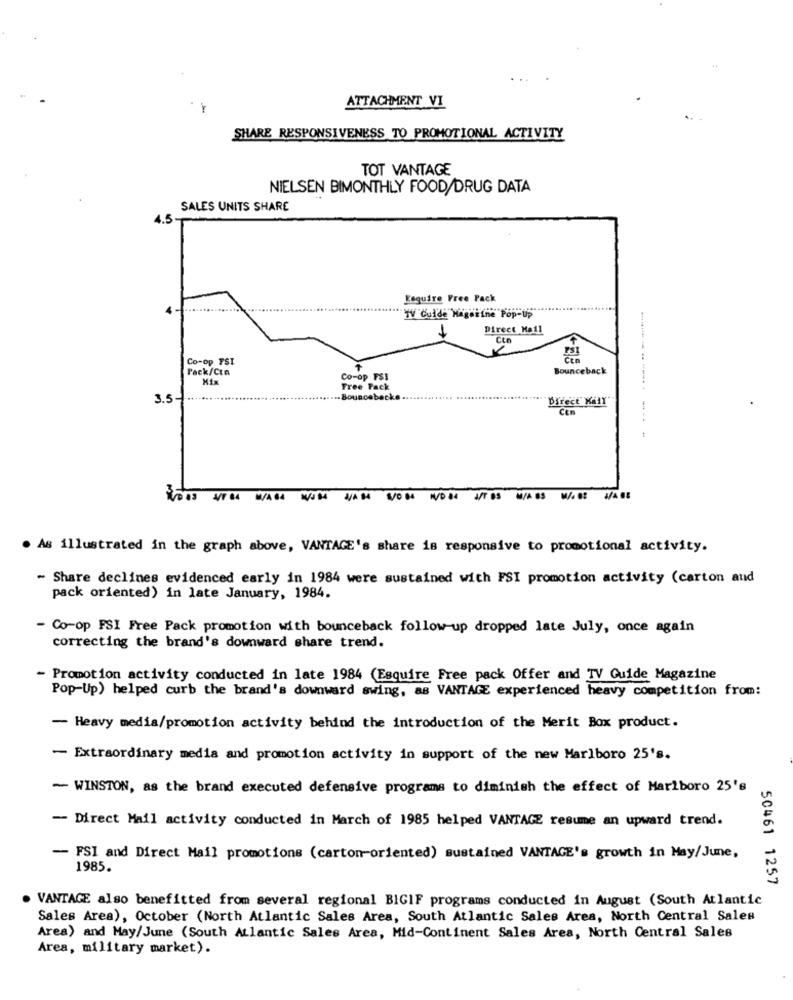
ATTACHMENT VI
SHARE RESPONSIVENESS TO PROMOTIONAL ACTIVITY
TOT VANTAGE
NIELSEN BIMONTHLY FOOD/DRUG DATA
SALES UNITS SHARE
1.5
Esquire Free Pack
TV Cuide Wagaitne Pop-Up"
1
Direct Mail
Co-op PSI
75
Pack/Cta
Bounceback
Mix
Co-op FSI
Free Pack
3.5
-Bouncebacke ..
Direct Kall
Cen
. As illustrated in the graph above, VANTAGE's share is responsive to promotional activity.
- Share declines evidenced early in 1984 were sustained with FSI promotion activity (carton and
pack oriented) in late January, 1984.
- Co-op FSI Free Pack promotion with bounceback follow-up dropped late July, once again
correcting the brand's downward share trend.
- Promotion activity conducted in late 1984 (Esquire Free pack Offer and TV Guide Magazine
Pop-Up) helped curb the brand's downward swing, as VANTAGE experienced heavy competition from:
- Heavy media/promotion activity behind the introduction of the Merit Box product.
- Extraordinary media and promotion activity in support of the new Marlboro 25's.
- WINSTON, as the brand executed defensive programs to diminish the effect of Marlboro 25's
- Direct Mail activity conducted in March of 1985 helped VANTAGE resume an upward trend.
- FSI and Direct Mail promotions (carton-oriented) sustained VANTAGE's growth in May/June,
1985.
50461 1257
VANTAGE also benefitted from several regional BIGIF programs conducted in August (South Atlantic
Sales Area), October (North Atlantic Sales Area, South Atlantic Sales Area, North Central Sales
Area) and May/June (South Atlantic Sales Area, Mid-Continent Sales Area, North Central Sales
Area, military market).